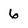
Character: 6